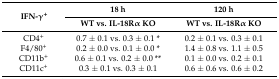
<table><thead><tr><td rowspan="2"><b>IFN-γ<sup>+</sup></b></td><td><b>18 h</b></td><td><b>120 h</b></td></tr><tr><td><b>WT vs. IL-18Rα KO</b></td><td><b>WT vs. IL-18Rα KO</b></td></tr></thead><tbody><tr><td>CD4<sup>+</sup></td><td>0.7 ± 0.1 vs. 0.3 ± 0.1 *</td><td>0.2 ± 0.1 vs. 0.3 ± 0.1</td></tr><tr><td>F4/80<sup>+</sup></td><td>0.2 ± 0.0 vs. 0.1 ± 0.0 *</td><td>1.4 ± 0.8 vs. 1.1 ± 0.5</td></tr><tr><td>CD11b<sup>+</sup></td><td>0.6 ± 0.1 vs. 0.2 ± 0.0 **</td><td>0.1 ± 0.0 vs. 0.2 ± 0.1</td></tr><tr><td>CD11c<sup>+</sup></td><td>0.3 ± 0.1 vs. 0.3 ± 0.1</td><td>0.6 ± 0.6 vs. 0.6 ± 0.2</td></tr></tbody></table>